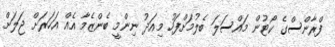
ފްރާންސްގެ ކޯޓުން މައްސަލަ ބެލުމަށްފަހު މިއަދު ނިންމީ ބެންޒެމާ އެއް އަހަރަށް ޖަލަށް